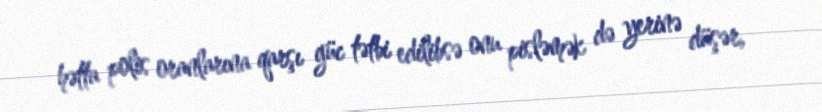
hətta polis oranlarına qarşı güc tətbi edilibsə onu pisləmək də yerinə düşər,